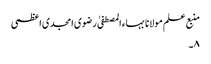
منبع علم مولانا بہاء المصطفیٰ رضوی امجدی اعظمی
۸۔